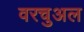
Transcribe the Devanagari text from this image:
वरचुअल